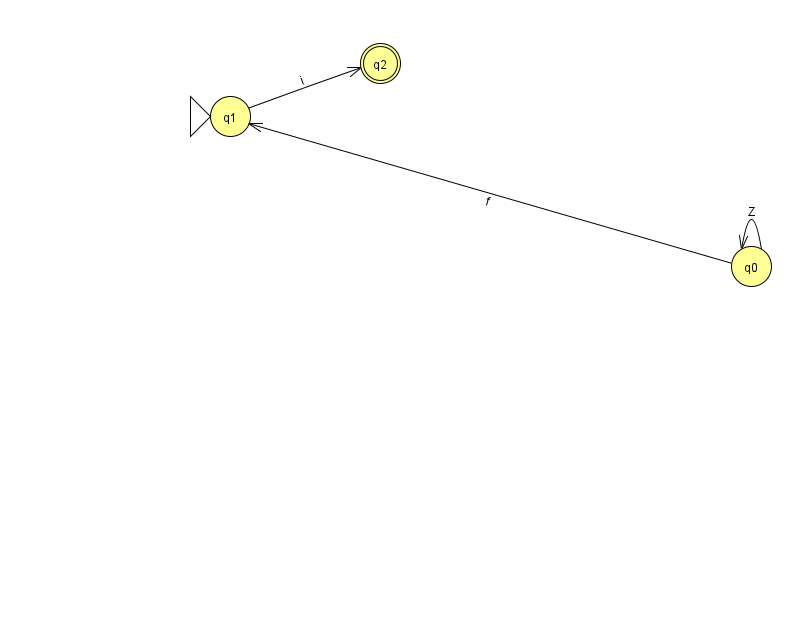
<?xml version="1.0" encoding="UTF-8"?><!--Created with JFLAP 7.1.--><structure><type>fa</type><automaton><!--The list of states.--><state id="0" name="q0"><x>751.0</x><y>253.0</y></state><state id="1" name="q1"><x>230.0</x><y>103.0</y><initial/></state><state id="2" name="q2"><x>380.0</x><y>50.0</y><final/></state><!--The list of transitions.--><transition><from>0</from><to>0</to><read>Z</read></transition><transition><from>1</from><to>2</to><read>i</read></transition><transition><from>0</from><to>1</to><read>f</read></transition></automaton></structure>